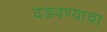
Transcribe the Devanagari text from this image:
दडवण्याचा